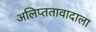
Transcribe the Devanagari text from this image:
अलिप्ततावादाला